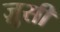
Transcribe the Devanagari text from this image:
ज़ुसी